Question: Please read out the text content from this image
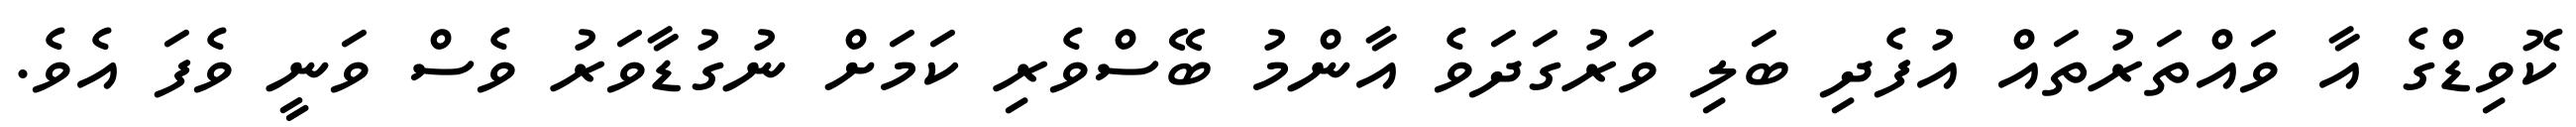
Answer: ކޮވިޑްގެ އާ ވައްތަރުތައް އުފެދި ބަލި ވަރުގަދަވެ އާންމު ބޭސްވެރި ކަމަށް ނުގުޑާވަރު ވެސް ވަނީ ވެފަ އެވެ.